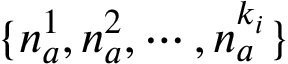
\{ n _ { a } ^ { 1 } , n _ { a } ^ { 2 } , \cdots , n _ { a } ^ { k _ { i } } \}